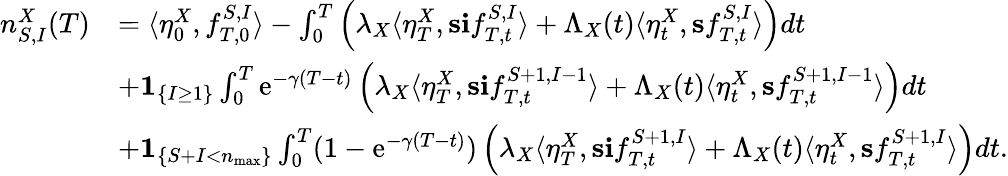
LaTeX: \begin{array}{rl}{n_{S,I}^{X}(T)}&{=\langle\eta_{0}^{X},f_{T,0}^{S,I}\rangle-\int_{0}^{T}\left(\lambda_{X}\langle\eta_{T}^{X},\mathbf{s}\mathbf{i}f_{T,t}^{S,I}\rangle+\Lambda_{X}(t)\langle\eta_{t}^{X},\mathbf{s}f_{T,t}^{S,I}\rangle\right)dt}\\ &{+\mathbf{1}_{\left\{ I\geq 1\right\} }\int_{0}^{T}\mathrm{e}^{-\gamma(T-t)}\left(\lambda_{X}\langle\eta_{T}^{X},\mathbf{s}\mathbf{i}f_{T,t}^{S+1,I-1}\rangle+\Lambda_{X}(t)\langle\eta_{t}^{X},\mathbf{s}f_{T,t}^{S+1,I-1}\rangle\right)dt}\\ &{+\mathbf{1}_{\left\{ S+I<n_{\operatorname*{max}}\right\} }\int_{0}^{T}(1-\mathrm{e}^{-\gamma(T-t)})\left(\lambda_{X}\langle\eta_{T}^{X},\mathbf{s}\mathbf{i}f_{T,t}^{S+1,I}\rangle+\Lambda_{X}(t)\langle\eta_{t}^{X},\mathbf{s}f_{T,t}^{S+1,I}\rangle\right)dt.}\end{array}